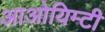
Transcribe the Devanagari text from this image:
आओयिम्टी